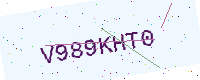
Text: V989KHT0